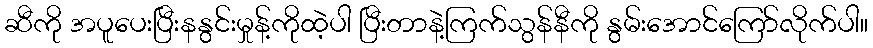
ဆီကို အပူပေးပြီးနနွင်းမှုန့်ကိုထဲ့ပါ ပြီးတာနဲ့ကြက်သွန်နီကို နွမ်းအောင်ကြော်လိုက်ပါ။